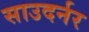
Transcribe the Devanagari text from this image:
साउदर्नर